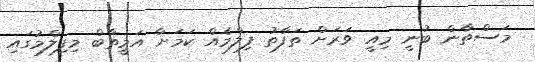
މަސްތާން ބުނީ މިއީ ވަރަށް ތަފާތު ފިލްމެއް ކަމަށާ އަމީތާބް މިފިލްމުގައި